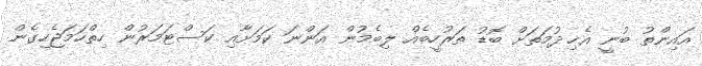
އައިންތު ބުނީ އެޚިދުމަތަށް ބޮޑު ތަރުހީބެއް ލިބެމުން އަންނަ ކަމަށާއި ކަސްޓަމަރުން ހިތްހަމަޖެހިގެން